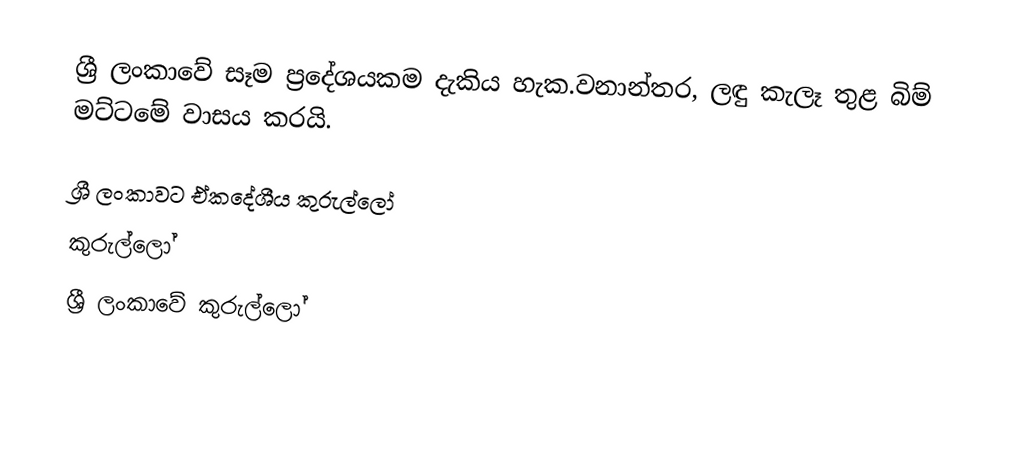
ශ්‍රී ලංකාවේ සෑම ප්‍රදේශයකම දැකිය හැක.වනාන්තර, ලඳු කැලෑ තුළ බිම් මට්ටමේ වාසය කරයි.

ශ්‍රී ලංකාවට ඒකදේශීය කුරුල්ලෝ
කුරුල්ලෝ
ශ්‍රී ලංකාවේ කුරුල්ලෝ